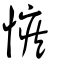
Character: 愱